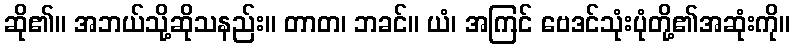
ဆို၏။ အဘယ်သို့ဆိုသနည်း။ တာတ၊ ဘခင်။ ယံ၊ အကြင် ဗေဒင်သုံးပုံတို့၏အဆုံးကို။